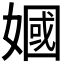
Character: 𫱣